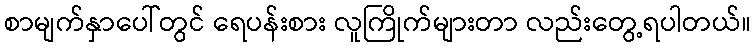
စာမျက်နှာပေါ်တွင် ရေပန်းစား လူကြိုက်များတာ လည်းတွေ့ရပါတယ်။